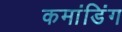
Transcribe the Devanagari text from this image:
कमांडिंग